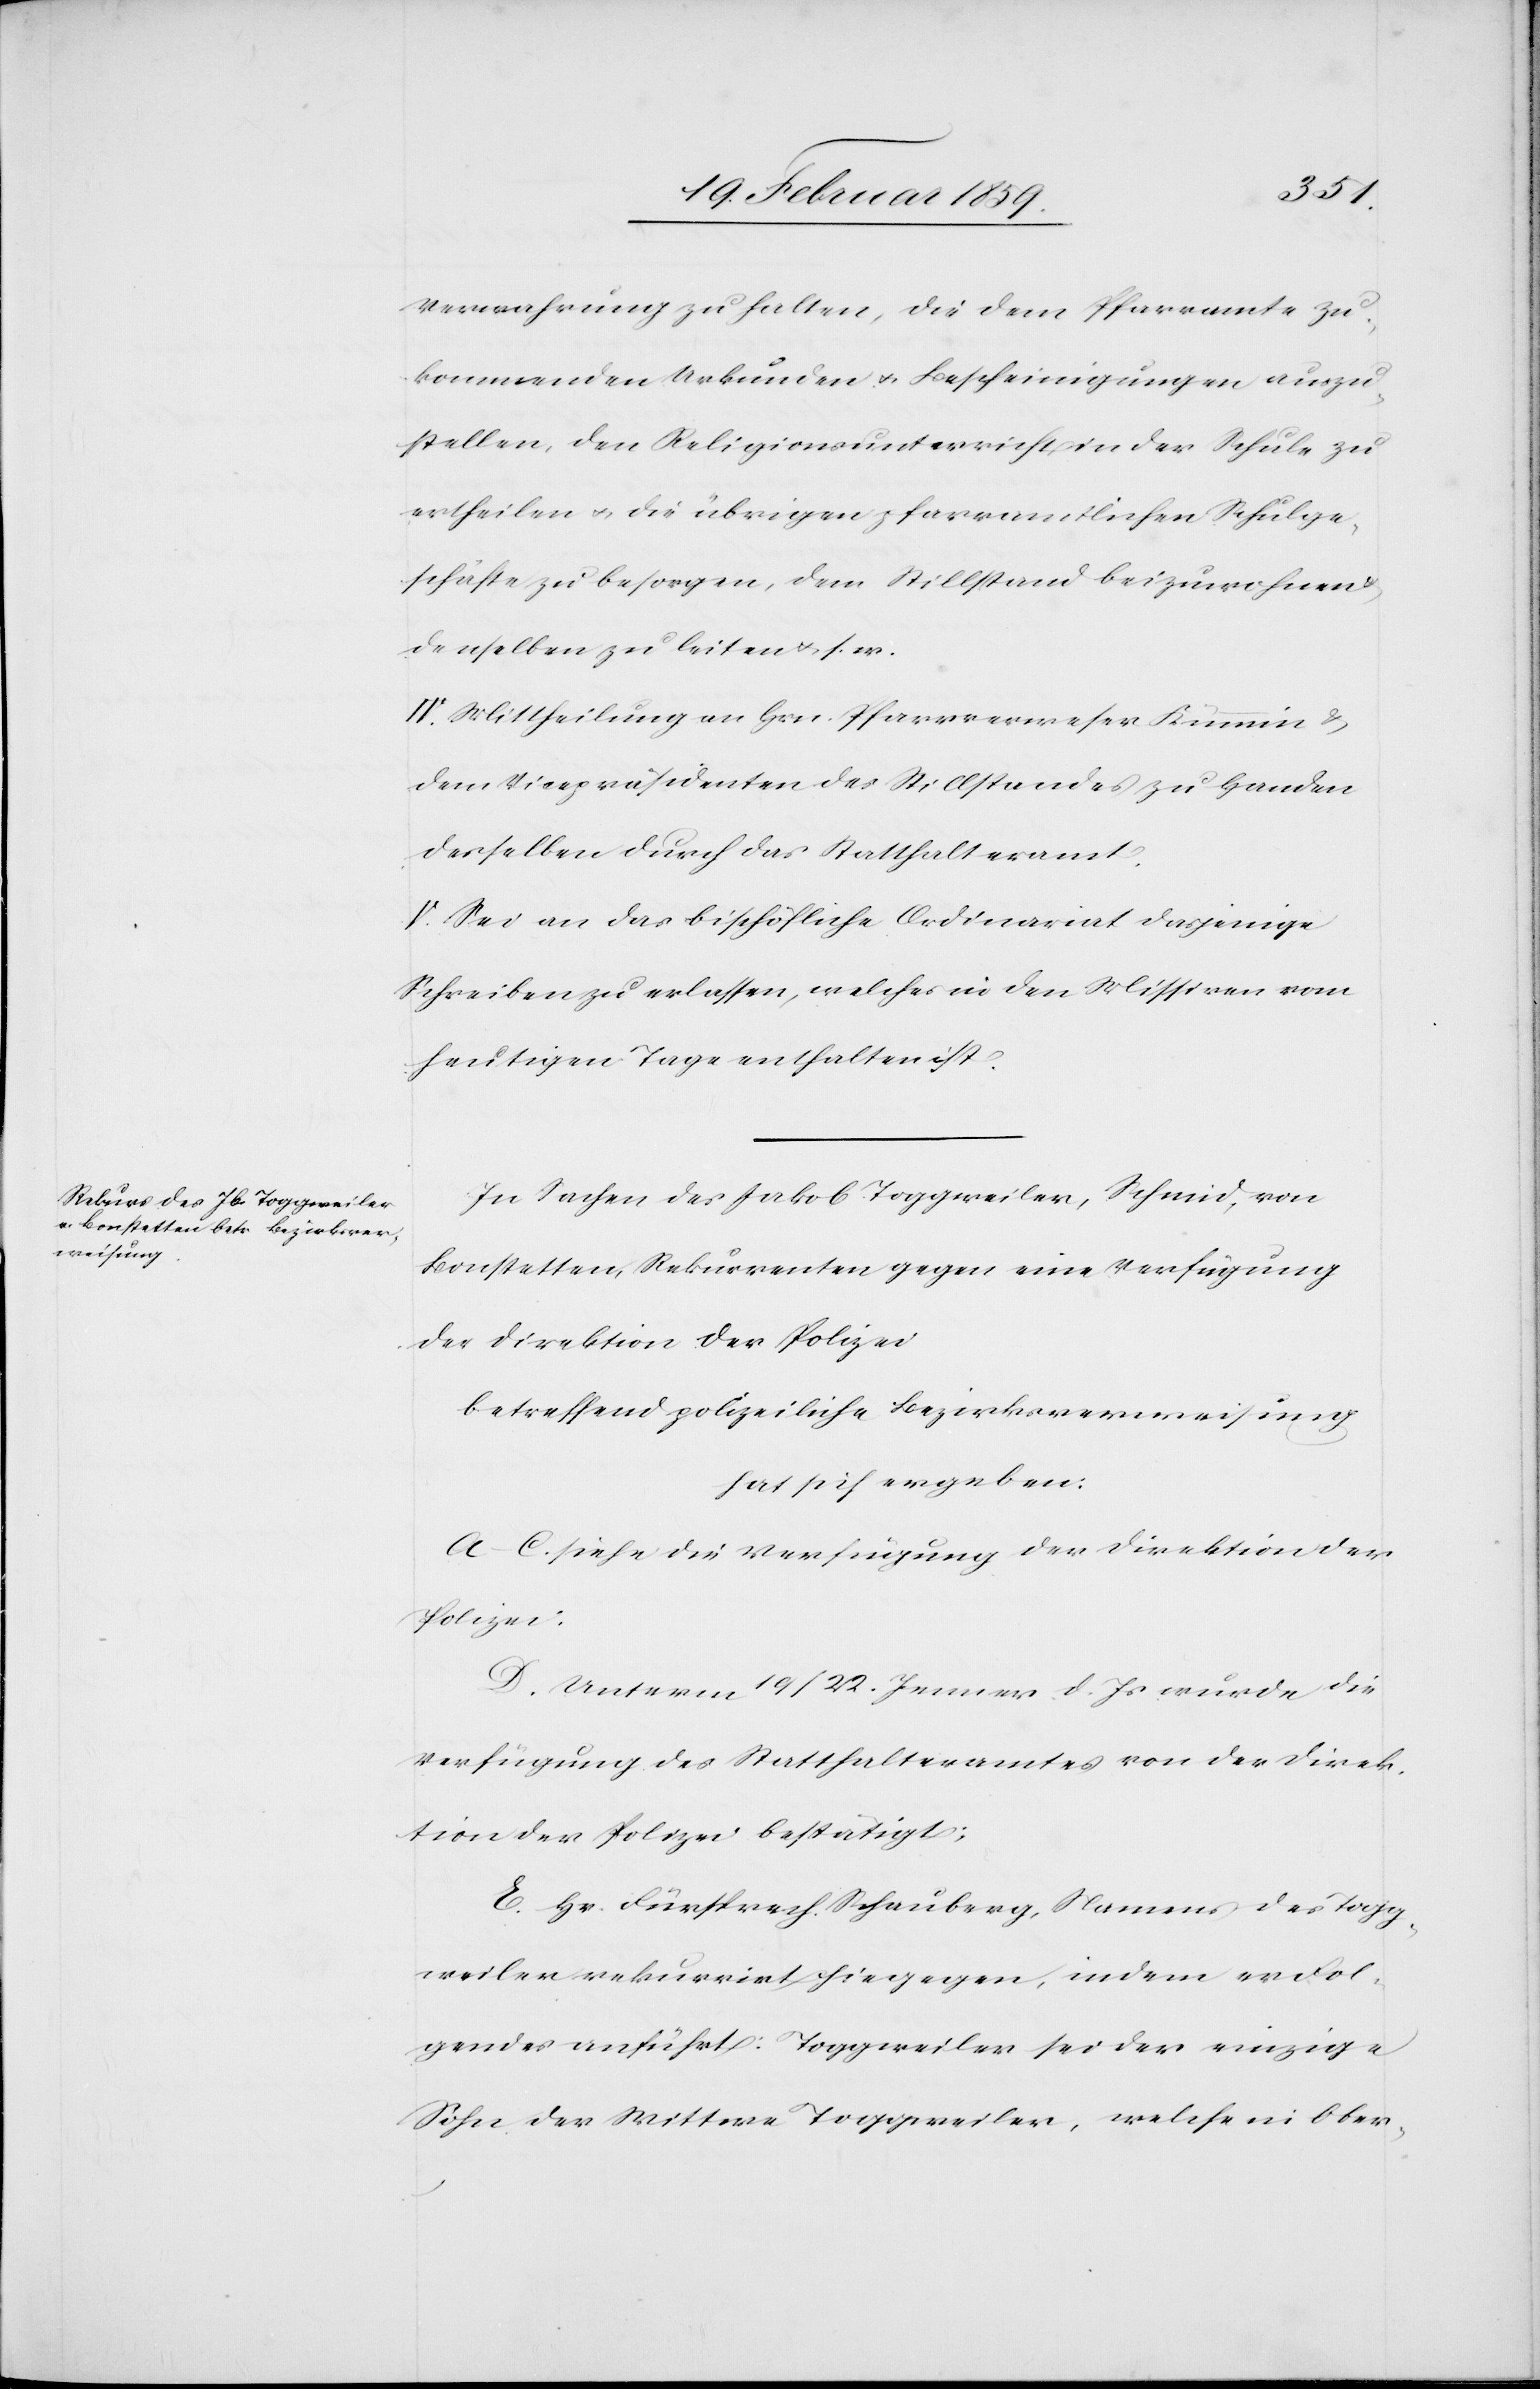
Verwahrung zu halten, die dem Pfarramte zu¬
kommenden Urkunden u. Bescheinigungen auszu¬
stellen, den Religionsunterricht in der Schule zu
ertheilen u. die übrigen pfarramtlichen Schulge¬
schäfte zu besorgen, dem Stillstande beizuwohnen
denselben zu leiten u. s. w.
IV: Mittheilung an Hrn. Pfarrverweser Kümmin &
dem Vicepräsidenten des Stillstandes zu Handen
desselben durch das Statthalteramt.
V. Sei an das bischöfliche Ordinariat dasjenige
Schreiben zu erlassen, welches in den Missiven vom
heutigen Tage enthalten ist.
In Sachen des Jakob Toggweiler, Schmid, von
Bonstetten, Rekurrenten gegen eine Verfügung
der Direktion der Polizei
betreffend polizeiliche Bezirksverweisung
hat sich ergeben:
A.–C. siehe die Verfügung der Direktion der
Polizei:
D. Unterm 19/22. Jenner d. Js wurde die
Verfügung des Statthalteramtes von der Direk¬
tion der Polizei bestätigt;
E. Hr. Fürsprech Schauberg, Namens des Togg¬
weiler rekurrirt hiegegen, indem er Fol¬
gendes anführt: Toggweiler sei der einzige
Sohn der Wittwe Toggweiler, welche in Ober-